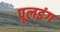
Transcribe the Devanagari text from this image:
पूलइंग